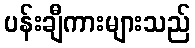
ပန်းချီကားများသည်